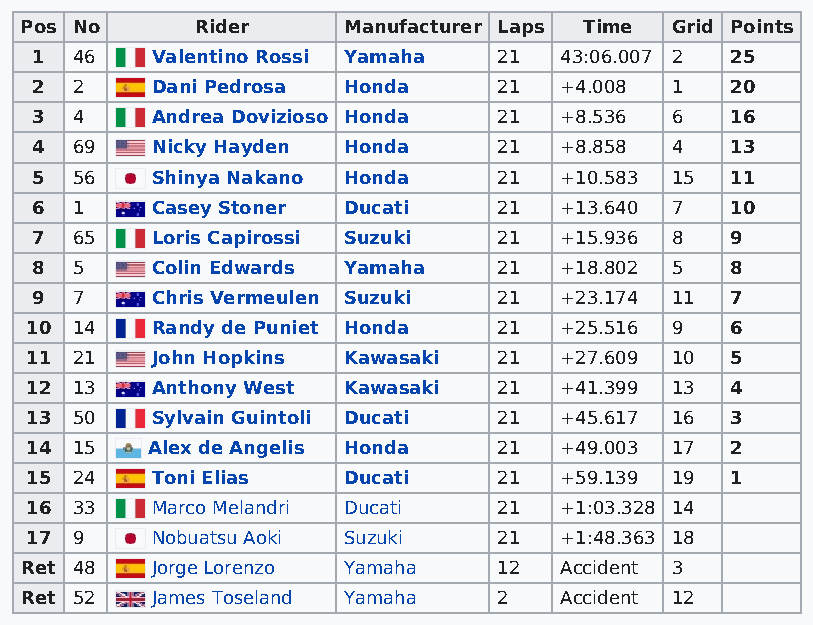
Pos No      Rider     Manufacturer Laps Time Grid Points
 1  46   Valentino Rossi Yamaha 21  43:06.007 2 25
 2  2    Dani Pedrosa Honda     21  +4.008 1   20
 3  4    Andrea Dovizioso Honda 21  +8.536 6   16
 4  69   Nicky Hayden Honda     21  +8.858 4   13
 5  56   Shinya Nakano Honda    21  +10.583 15 11
 6  1    Casey Stoner Ducati    21  +13.640 7  10
 7  65   Loris Capirossi Suzuki 21  +15.936 8  9
 8  5    Colin Edwards Yamaha   21  +18.802 5  8
 9  7    Chris Vermeulen Suzuki 21  +23.174 11 7
 10 14   Randy de Puniet Honda  21  +25.516 9  6
 11 21   John Hopkins Kawasaki  21  +27.609 10 5
 12 13   Anthony West Kawasaki  21  +41.399 13 4
 13 50   Sylvain Guintoli Ducati 21 +45.617 16 3
 14 15   Alex de Angelis Honda  21  +49.003 17 2
 15 24   Toni Elias   Ducati    21  +59.139 19 1
 16 33   Marco Melandri Ducati  21  +1:03.328 14
 17 9    Nobuatsu Aoki Suzuki   21  +1:48.363 18
 Ret 48   Jorge Lorenzo Yamaha   12  Accident 3
 Ret 52   James Toseland Yamaha  2   Accident 12